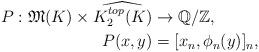
LaTeX: \begin{align*}P: \mathfrak{M}(K) \times \widehat{K_2^{top}(K)} &\to \mathbb{Q}/\mathbb{Z},\\P(x,y) &= [x_n, \phi_n(y)]_n,\end{align*}